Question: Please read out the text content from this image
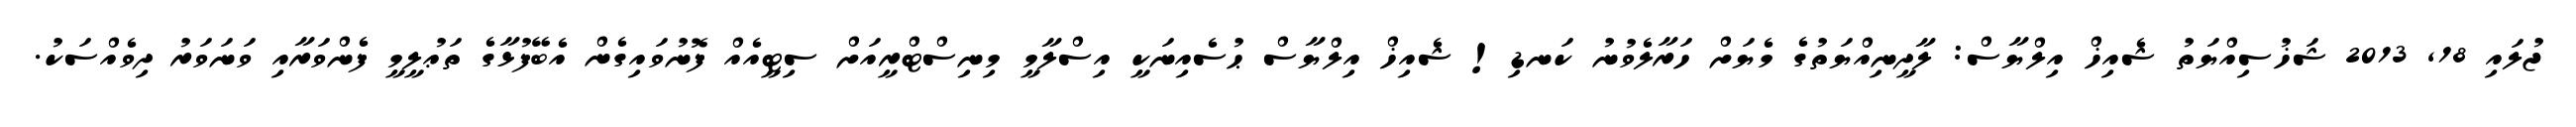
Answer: ޖުލައި 18, 2013 ޝަޚުސިއްޔަތު ޝެއިޚް އިލްޔާސް: ލާދީނިއްޔަތުގެ މެޔަށް ހަރާލެވުނު ކަނޑި! ޝެއިޚް އިލްޔާސް ޙުސެއިނަކީ އިސްލާމީ މިނިސްޓްރީއަށް ސިޓީއެއް ފޮނުވައިގެން އެބޭފުޅާގެ ތަޢުލީމީ ފެންވަރާއި ވަނަވަރު ދިވެއްސަކު.